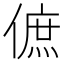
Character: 𠌮